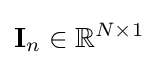
\mathbf {I} _{n}\in \mathbb {R} ^{N\times 1}